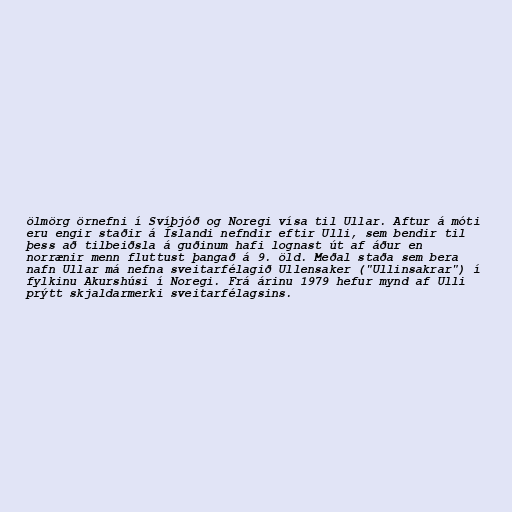
ölmörg örnefni í Svíþjóð og Noregi vísa til Ullar. Aftur á móti
eru engir staðir á Íslandi nefndir eftir Ulli, sem bendir til
þess að tilbeiðsla á guðinum hafi lognast út af áður en
norrænir menn fluttust þangað á 9. öld. Meðal staða sem bera
nafn Ullar má nefna sveitarfélagið Ullensaker ("Ullinsakrar") í
fylkinu Akurshúsi í Noregi. Frá árinu 1979 hefur mynd af Ulli
prýtt skjaldarmerki sveitarfélagsins.